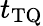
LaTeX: t_{\mathrm{TQ}}